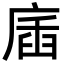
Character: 㢎